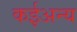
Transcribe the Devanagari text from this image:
कईअन्य